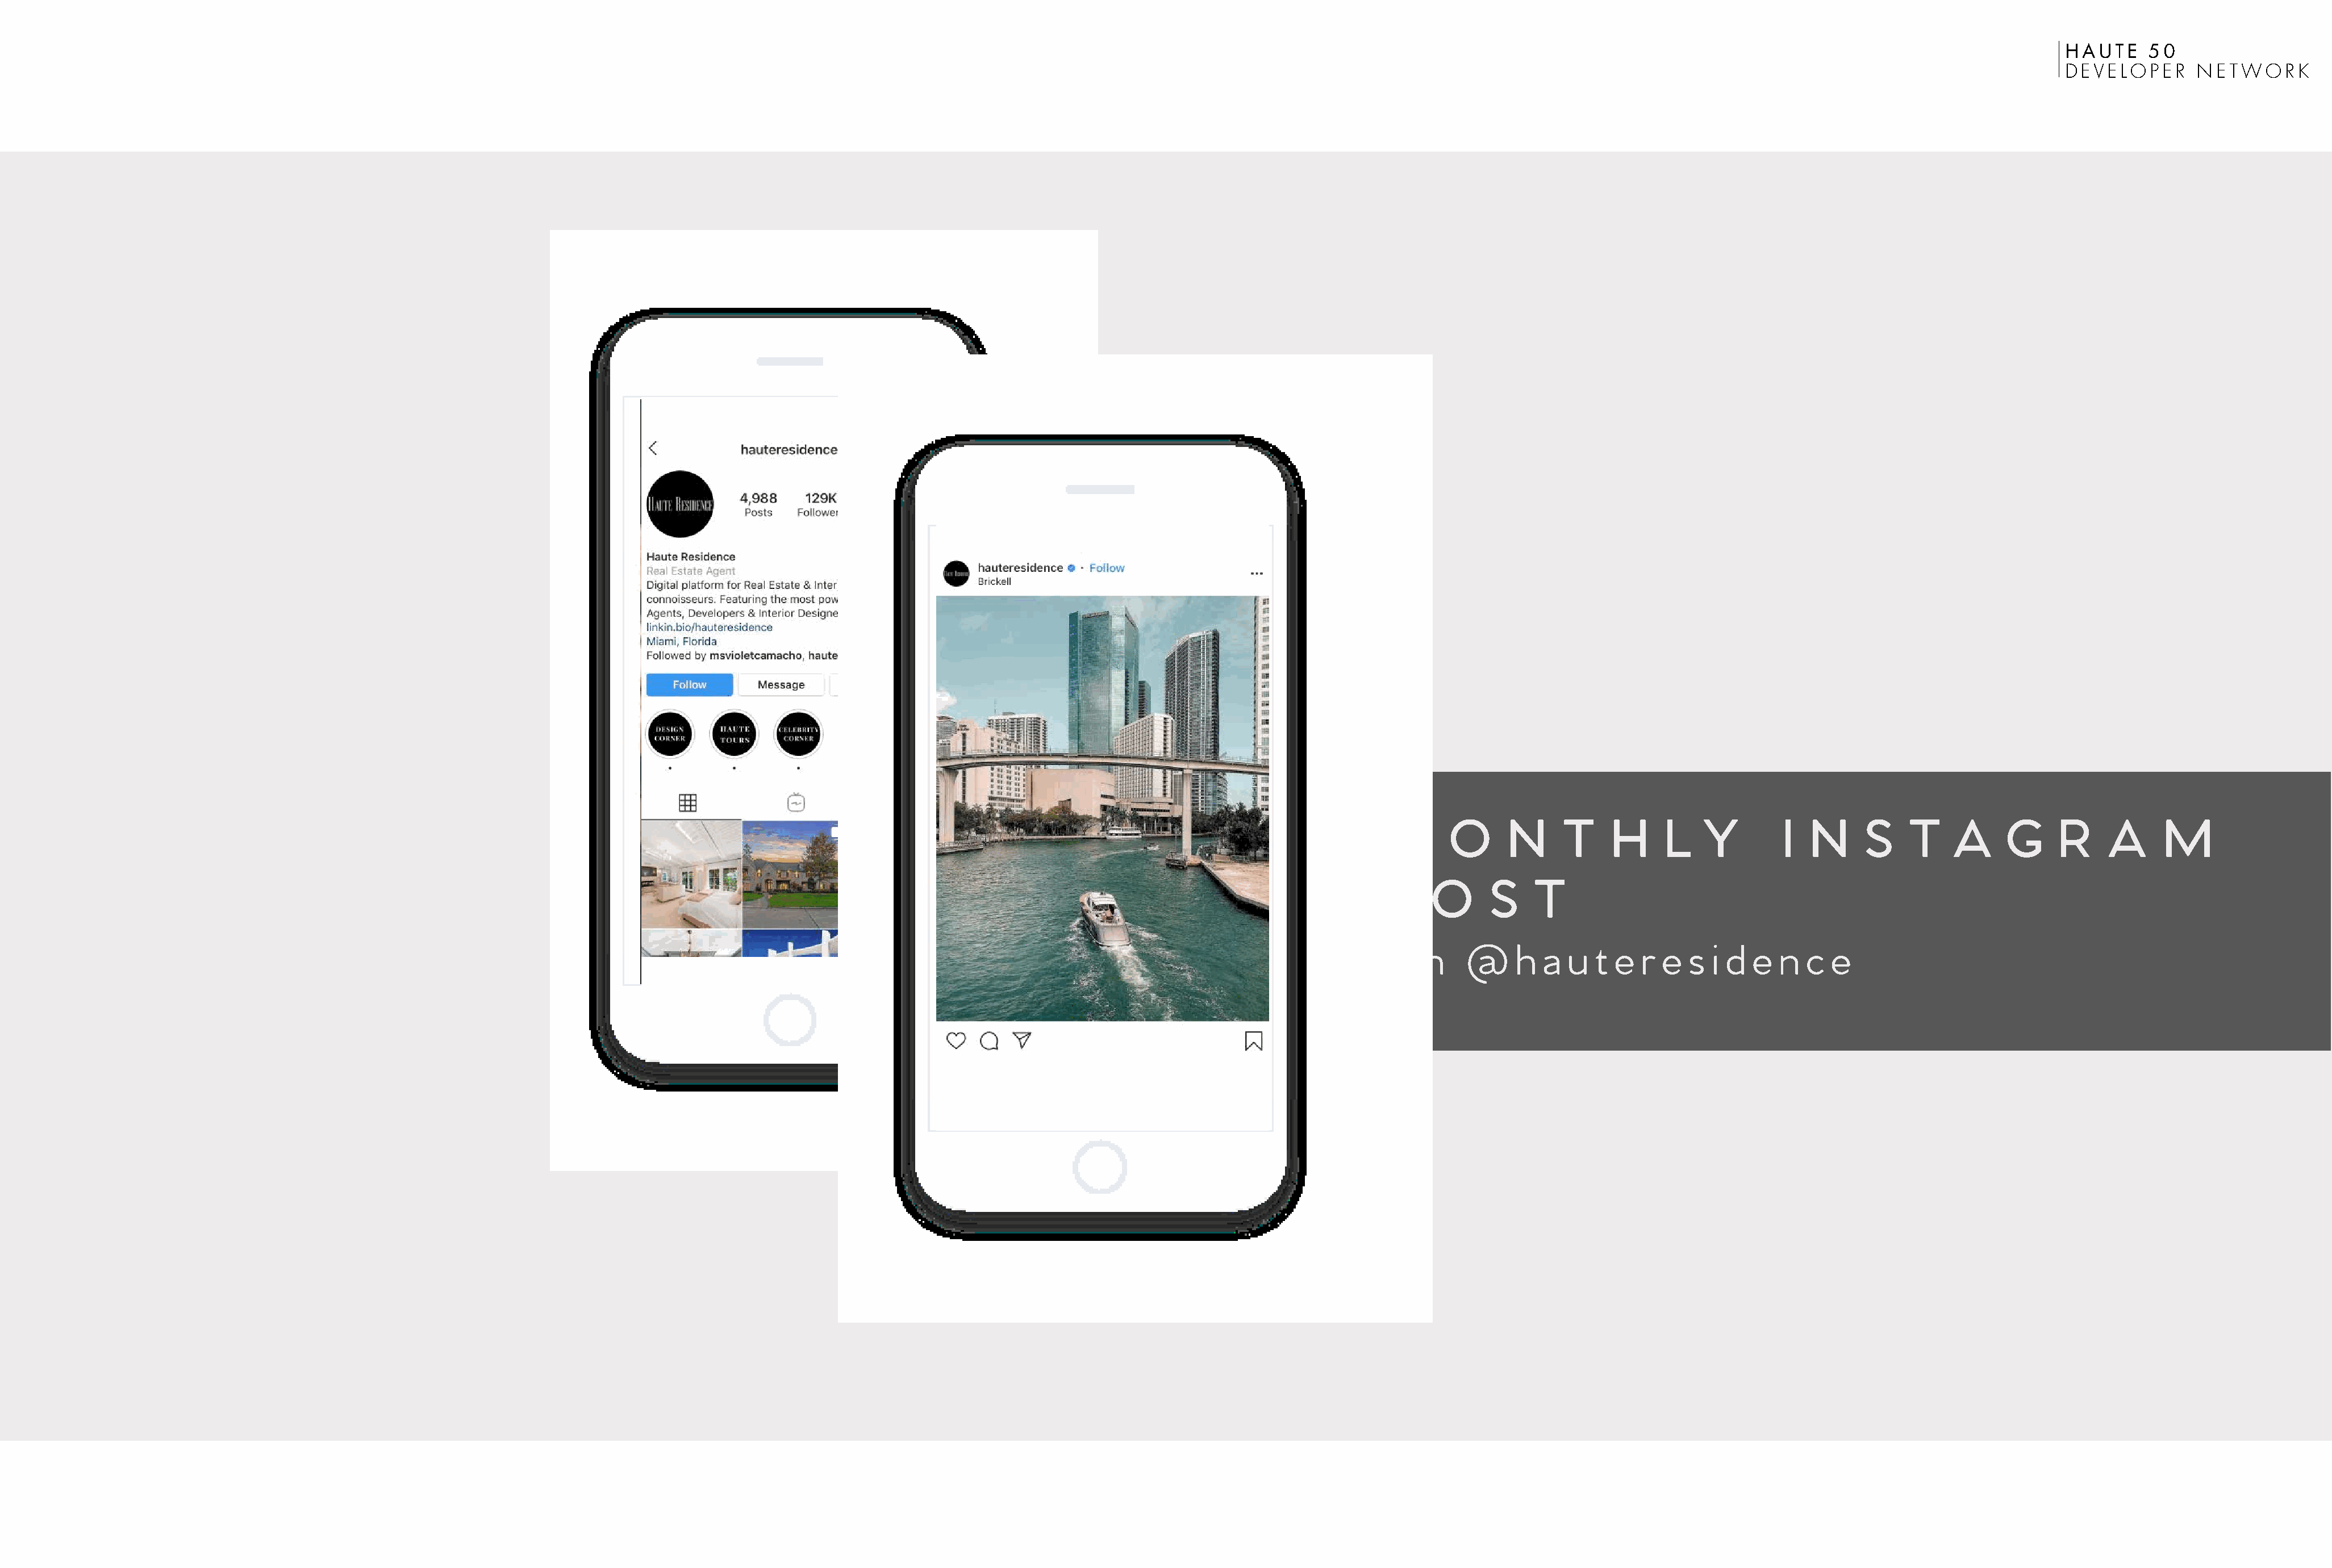
HAUTE    50
 DEVELOPER      NETWORK
 M       O      N     T     H     L   Y         I  N     S    T    A      G     R    A      M
 P     O      S    T
 O    n    @     h  a  u  t e  r  e  s i d  e  n  c  e